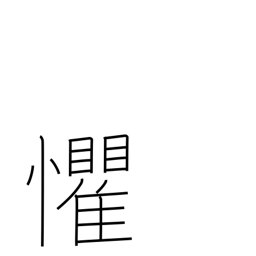
Meaning: overawed